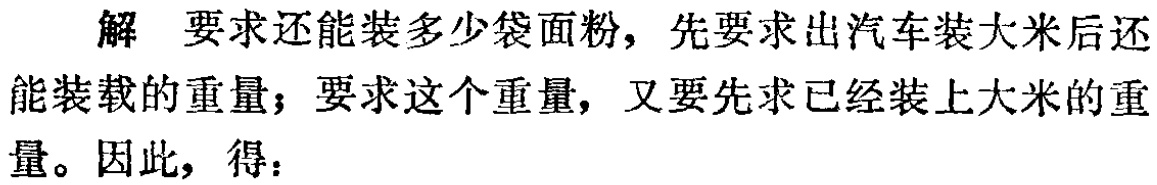
解 要求还能装多少袋面粉，先要求出汽车装大米后还能装载的重量；要求这个重量，又要先求已经装上大米的重量。因此，得：